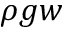
\rho g w